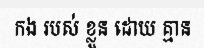
កង របស់ ខ្លួន ដោយ គ្មាន